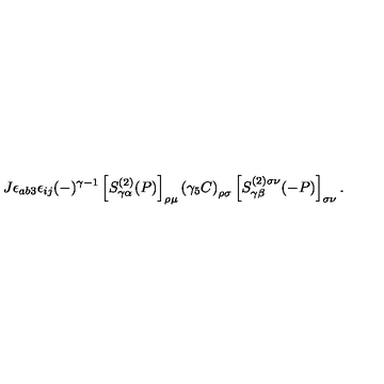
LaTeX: J \epsilon _ { a b 3 } \epsilon _ { i j } ( - ) ^ { \gamma - 1 } \left[ S _ { \gamma \alpha } ^ { ( 2 ) } ( P ) \right] _ { \rho \mu } \left( \gamma _ { 5 } C \right) _ { \rho \sigma } \left[ S _ { \gamma \beta } ^ { ( 2 ) \sigma \nu } ( - P ) \right] _ { \sigma \nu } .